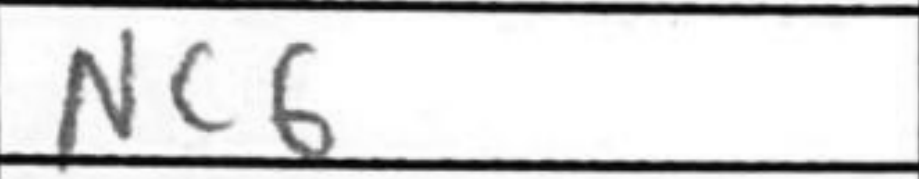
Transcription: Nc6